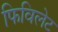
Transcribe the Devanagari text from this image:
फिविलेट